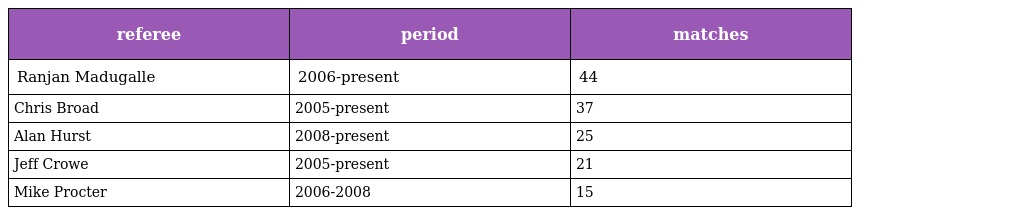
| referee | period | matches |
 | --- | --- | --- |
 | Ranjan Madugalle | 2006-present | 44 |
 | Chris Broad | 2005-present | 37 |
 | Alan Hurst | 2008-present | 25 |
 | Jeff Crowe | 2005-present | 21 |
 | Mike Procter | 2006-2008 | 15 |